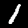
Label: 1